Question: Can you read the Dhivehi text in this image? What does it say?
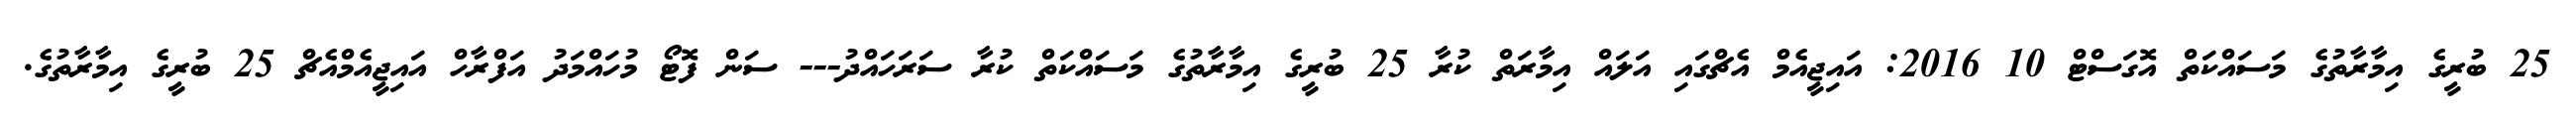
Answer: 25 ބުރީގެ އިމާރާތުގެ މަސައްކަތް އޮގަސްޓް 10 2016: އައިޖީއެމް އެޗްގައި އަލައް އިމާރަތް ކުރާ 25 ބުރީގެ އިމާރާތުގެ މަސައްކަތް ކުރާ ސަރަހައްދު--- ސަން ފޮޓޯ މުހައްމަދު އަފްރާހް އައިޖީއެމްއެޗް 25 ބުރީގެ އިމާރާތުގެ.